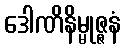
ဒေါဏိနိမ္မုဇ္ဇနံ